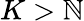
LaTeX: K>\mathbb{N}